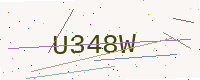
Text: U348W